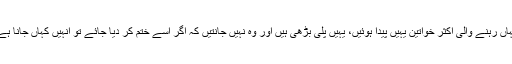
یہاں رہنے والی اکثر خواتین یہیں پیدا ہوئیں، یہیں پلی بڑھی ہیں اور وہ نہیں جانتیں کہ اگر اسے ختم کر دیا جائے تو انہیں کہاں جانا ہے۔